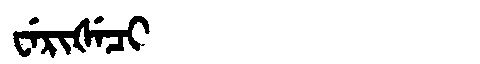
Manchu: ᠸᡝᡵᡳᡧᡝᠴᡳ
Romanization: WERIŠECI